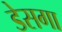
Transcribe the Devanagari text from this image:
डेसगा